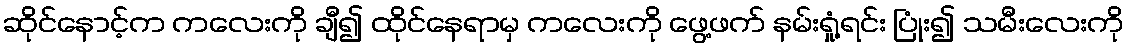
ဆိုင်နောင့်က ကလေးကို ချီ၍ ထိုင်နေရာမှ ကလေးကို ဖွေ့ဖက် နမ်းရှုံ့ရင်း ပြုံး၍ သမီးလေးကို